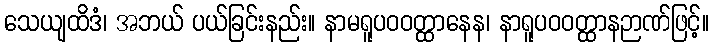
သေယျထိဒံ၊ အဘယ် ပယ်ခြင်းနည်း။ နာမရူပဝဝတ္ထာနေန၊ နာရူပဝဝတ္ထာနဉာဏ်ဖြင့်။